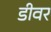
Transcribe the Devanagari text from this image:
डीवर